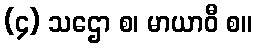
(၄) သဌော စ၊ မာယာဝီ စ။